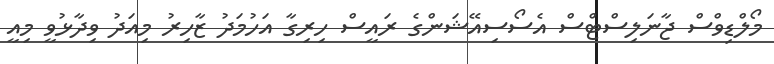
މޯލްޑިވްސް ޖާނަލިސްޓްސް އެސޯސިއޭޝަންގެ ރައީސް ހިރިގާ އަހުމަދު ޒާހިރު މިއަދު ވިދާޅުވީ މިއީ